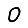
Digit: 0